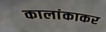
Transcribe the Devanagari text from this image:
कालांकाकर